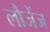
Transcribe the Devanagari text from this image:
लौजेंज